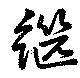
繼